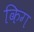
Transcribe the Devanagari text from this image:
किग